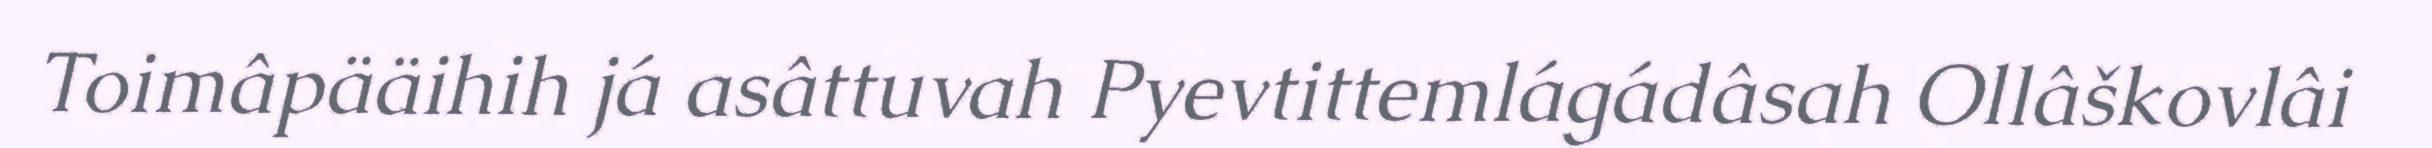
Toimâpääihih já asâttuvah Pyevtittemlágádâsah Ollâškovlâi